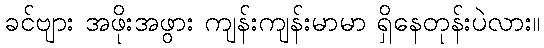
ခင်ဗျား အဖိုးအဖွား ကျန်းကျန်းမာမာ ရှိနေတုန်းပဲလား။